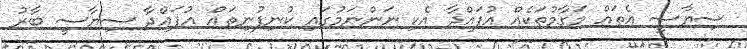
ސިޔާސީ އެތައް މަގާމުތަކެއް އުފައްދާ އެކި ނަންނަމުގައި ކުނިފުނިތައް އުފައްދާ ސިޔާސީ ބާރު